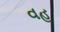
વહ